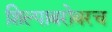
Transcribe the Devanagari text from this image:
शिल्पाबरोबरच